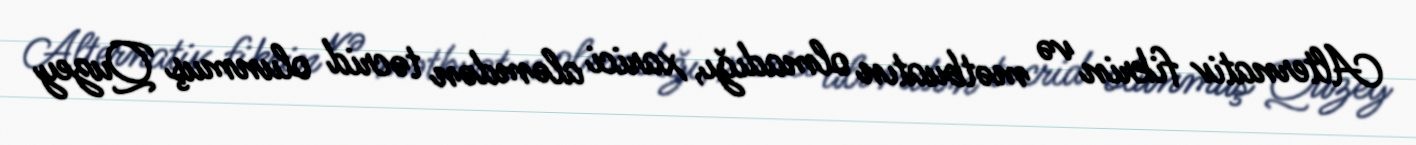
Alternativ fikrin və mətbuatın olmadığı, xarici aləmdən təcrid olunmuş Quzey